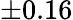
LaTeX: \pm 0.16